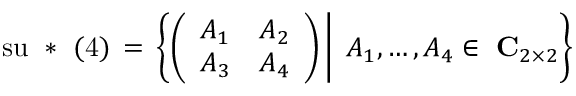
\mathrm { s u ~ * ~ ( 4 ) } \, = \, \left\{ \left( \begin{array} { c c } { { A _ { 1 } } } & { { A _ { 2 } } } \\ { { A _ { 3 } } } & { { A _ { 4 } } } \end{array} \right) \, \right| \left. \vphantom { \left( \begin{array} { c } { { A _ { 1 } } } \\ { { A _ { 3 } } } \end{array} \right) } \, A _ { 1 } , \ldots , A _ { 4 } \in \mathrm { \bf ~ C } _ { 2 \times 2 } \right\}